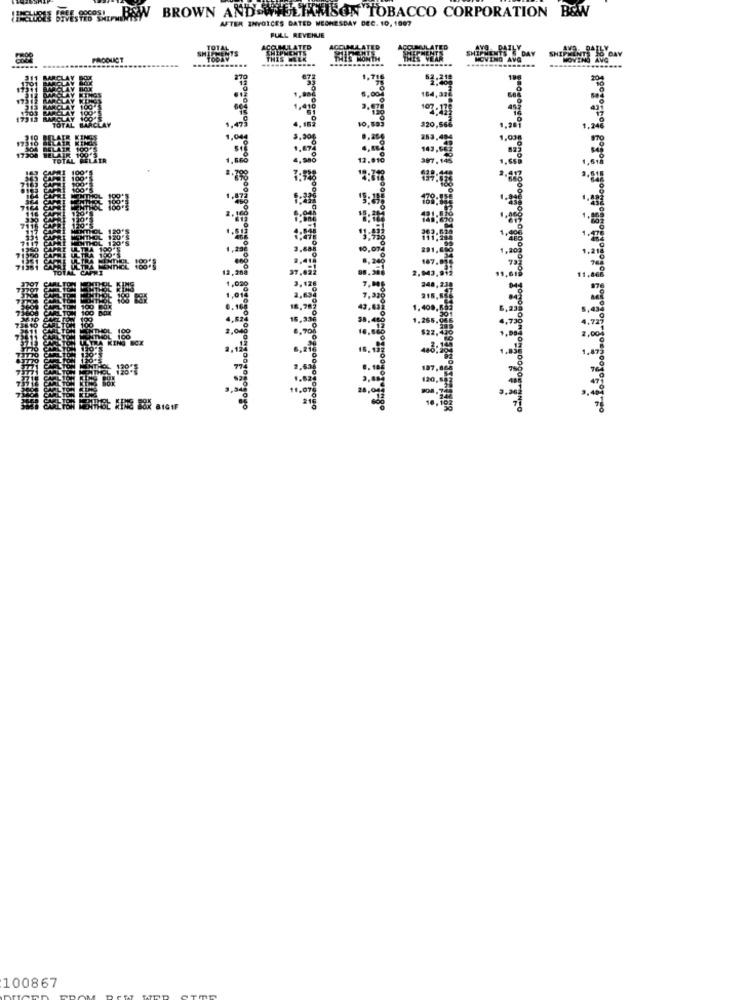
MESS.BE BROWN AND WIELIKISON TOBACCO CORPORATION B&W
AFTER INVOICES DATED NECHESDAY DEC. 10, 1007
FULL REVENUE
MULATED
PRODUCT
6,000
1,418
10,00
120,5
3.90g
4.900
12.018
37.02
18,7
$32.
100867